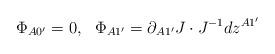
LaTeX: \begin{align*}\Phi_{A0^{\prime}}=0,\ \ \Phi_{A1^{\prime}}=\partial_{A1^{\prime}}J\cdot J^{-1}dz^{A1^{\prime}}\end{align*}